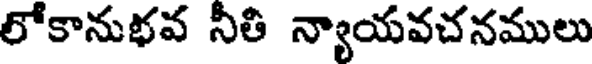
లోకానుభవ నీతి న్యాయవచనములు